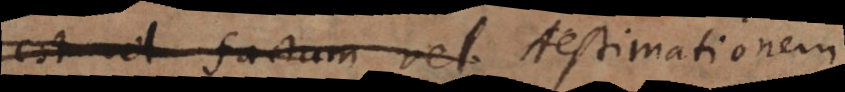
est vel factum vel Aestimationem